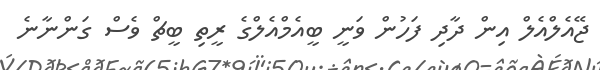
ޖޭއެލްއެލް އިން ދާދި ފަހުން ވަނީ ބީއެމްއެލްގެ ރީތި ބީޗް ވެސް ގަންނާނެ